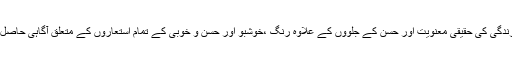
اس طرح وہ زندگی کی حقیقی معنویت اور حسن کے جلووں کے علاوہ رنگ ،خوشبو اور حسن و خوبی کے تمام استعاروں کے متعلق آگاہی حاصل کر سکتا ہے۔